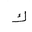
Letter: _kaf